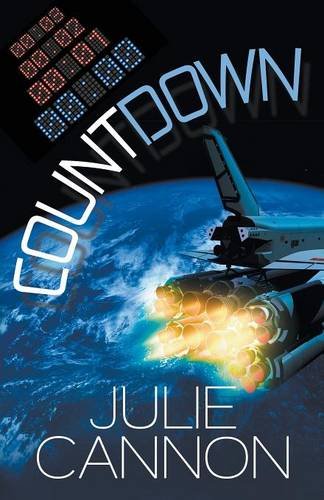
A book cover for Countdown; Julie Cannon; Romance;